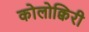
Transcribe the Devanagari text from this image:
कोलोक्विरी